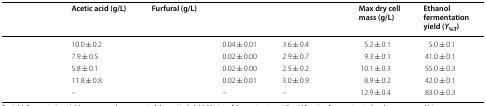
<table><thead><tr><td>[EMPTY_CELL]</td><td><b>Acetic acid (g/L)</b></td><td><b>Furfural (g/L)</b></td><td>[EMPTY_CELL]</td><td>[EMPTY_CELL]</td><td><b>Max dry cell mass (g/L)</b></td><td><b>Ethanol fermentation yield (<i>Y</i><sub>%T</sub>)</b></td></tr></thead><tbody><tr><td>[EMPTY_CELL]</td><td>10.0 ± 0.2</td><td>[EMPTY_CELL]</td><td>0.04 ± 0.01</td><td>3.6 ± 0.4</td><td>5.2 ± 0.1</td><td>5.0 ± 0.1</td></tr><tr><td>[EMPTY_CELL]</td><td>7.9 ± 0.5</td><td>[EMPTY_CELL]</td><td>0.02 ± 0.00</td><td>2.9 ± 0.7</td><td>9.3 ± 0.1</td><td>41.0 ± 0.1</td></tr><tr><td>[EMPTY_CELL]</td><td>5.8 ± 0.1</td><td>[EMPTY_CELL]</td><td>0.02 ± 0.00</td><td>2.5 ± 0.2</td><td>10.1 ± 0.3</td><td>55.0 ± 0.3</td></tr><tr><td>[EMPTY_CELL]</td><td>11.8 ± 0.8</td><td>[EMPTY_CELL]</td><td>0.02 ± 0.01</td><td>3.0 ± 0.9</td><td>8.9 ± 0.2</td><td>42.0 ± 0.1</td></tr><tr><td>[EMPTY_CELL]</td><td>–</td><td>[EMPTY_CELL]</td><td>–</td><td>–</td><td>12.9 ± 0.4</td><td>83.0 ± 0.3</td></tr></tbody></table>